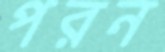
পরন